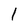
Character: 1